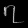
Digit: ၇